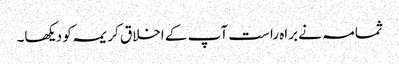
ثمامہ نے براہ راست آپ کے اخلاق کریمہ کو دیکھا۔